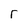
Character: r